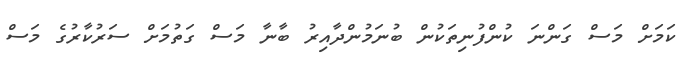
ކަމަށް މަސް ގަންނަ ކުންފުނިތަކުން ބުނަމުންދާއިރު ބާނާ މަސް ގަތުމަށް ސަރުކާރުގެ މަސް